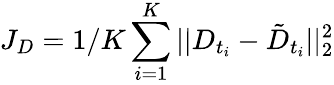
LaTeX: J_{D}=1/K\sum_{i=1}^{K}||D_{t_{i}}-\tilde{D}_{t_{i}}||_{2}^{2}